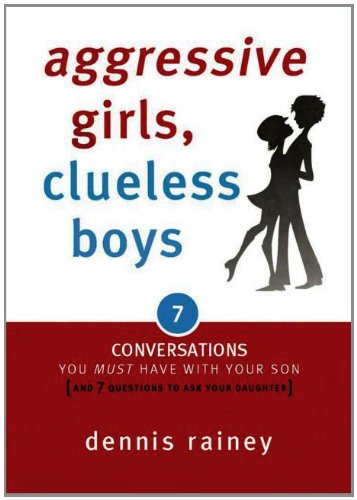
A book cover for Aggressive Girls, Clueless Boys: 7 Conversations You Must Have with Your Son [7 Questions You Should Ask Your Daughter]; Dennis Rainey; Parenting & Relationships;